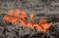
هناك